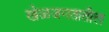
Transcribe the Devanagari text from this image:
खेळजगतातील